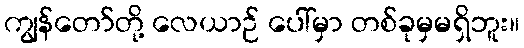
ကျွန်တော်တို့ လေယာဉ် ပေါ်မှာ တစ်ခုမှမရှိဘူး။